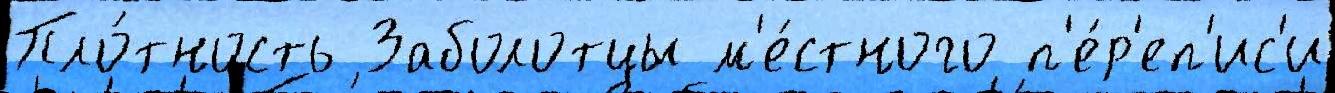
Пло́тность Заболотцы м'е́стного п'е́р'еп'ис'и